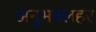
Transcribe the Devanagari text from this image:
अनुभवलहर